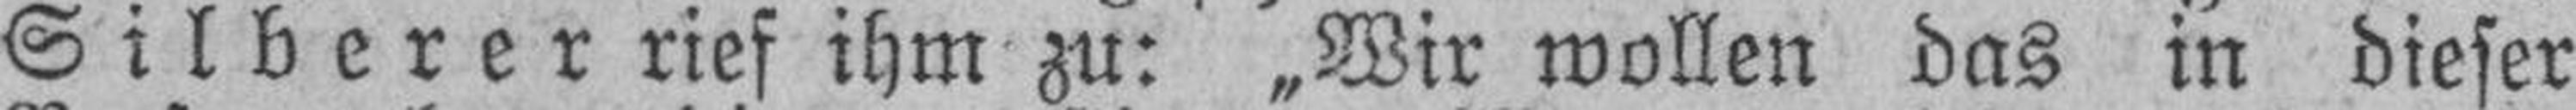
Silberer rief ihm zu: „Wir wollen das in dieser